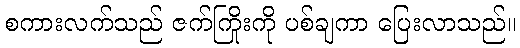
စကားလက်သည် ဇက်ကြိုးကို ပစ်ချကာ ပြေးလာသည်။